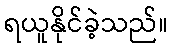
ရယူနိုင်ခဲ့သည်။